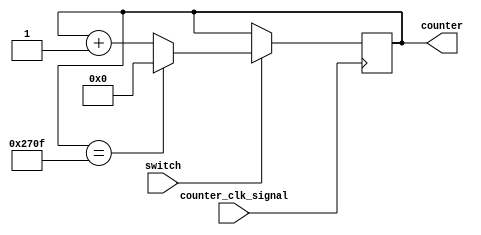
module counter_14bit(
input wire counter_clk_signal,
input wire switch, 				// enable/disable the counter
output reg [13:0] counter=0 	// 14 bit counter value (0-16383)
    );

always@(posedge counter_clk_signal)
begin
	if (switch == 0) begin
		counter <= counter;
	end
	
	// max 14-bit unsigned value is 16383 but my board has only 4 sseg displays so
	// limit counter to 9999 max
	if (switch == 1) begin
		if (counter == 9999) begin
			counter <= 0;
		end else begin
			counter <= counter+1;
		end
	end

end

endmodule